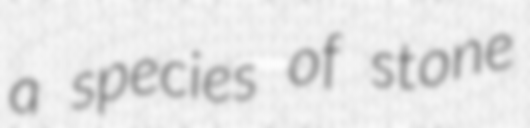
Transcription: a species of stone